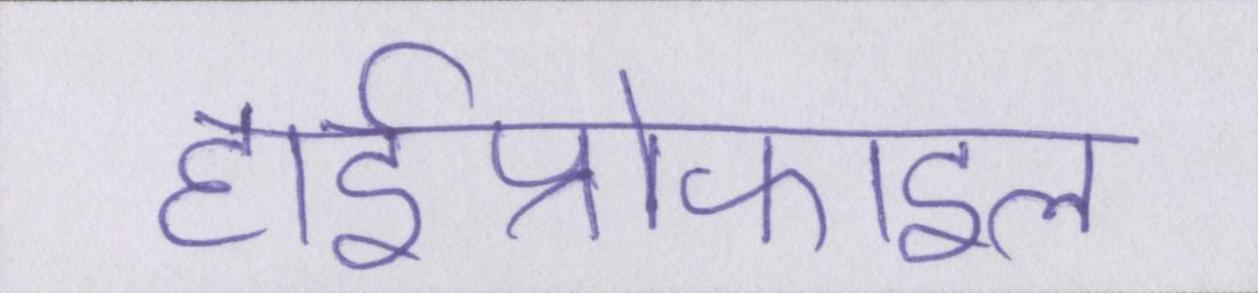
हाईप्रोफाइल